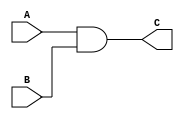
`timescale 1ns/1ns
module And(
	input A,
	input B,
	output C
);

assign C = A & B;
endmodule